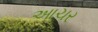
આચર